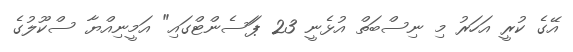
އޭގެ ކުރީ އަހަރު މި ނިސްބަތް އުޅެނީ 23 ޕަަސެންޓްގައި" އަމީނިއްޔާ ސްކޫލުގެ